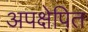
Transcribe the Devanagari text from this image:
अपक्षेपित